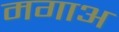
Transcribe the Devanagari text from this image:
मगाअ